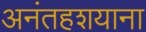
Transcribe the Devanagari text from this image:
अनंतहशयाना